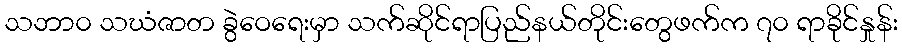
သဘာ၀ သဃံဇာတ ခွဲဝေရေးမှာ သက်ဆိုင်ရာပြည်နယ်တိုင်းတွေဖက်က ၇၀ ရာခိုင်နှုန်း